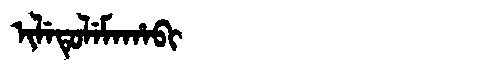
Manchu: ᡳᠯᡝᡨᡠᠯᡝᠮᠠᡥᠠᠪᡳ
Romanization: ILETULEMAHABI